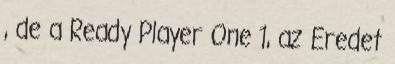
, de a Ready Player One 1, az Eredet